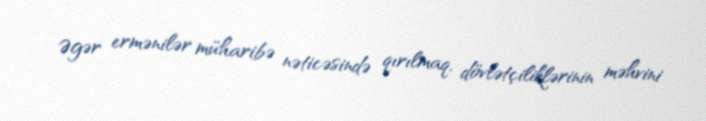
Əgər ermənilər müharibə nəticəsində qırılmaq, dövlətçiliklərinin məhvini